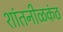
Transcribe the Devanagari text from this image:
शांतनीळकंठ